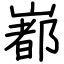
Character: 𡼞